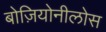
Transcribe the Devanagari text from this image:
बोज़ियोनीलोस